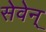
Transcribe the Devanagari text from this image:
सेवेन्